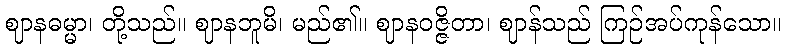
ဈာနဓမ္မာ၊ တို့သည်။ ဈာနဘူမိ၊ မည်၏။ ဈာနဝဇ္ဇိတာ၊ ဈာန်သည် ကြဉ်အပ်ကုန်သော။